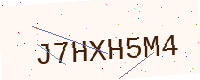
Text: J7HXH5M4